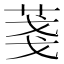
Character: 菚